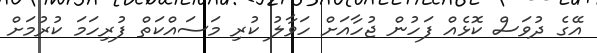
އޭގެ ދުވަސް ކޮޅެއް ފަހުން ޖުހާއަށް ހަވާލު ކުރި މަސައްކަތް ފުރިހަމަ ކުރުމަށް